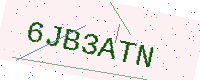
Text: 6JB3ATN